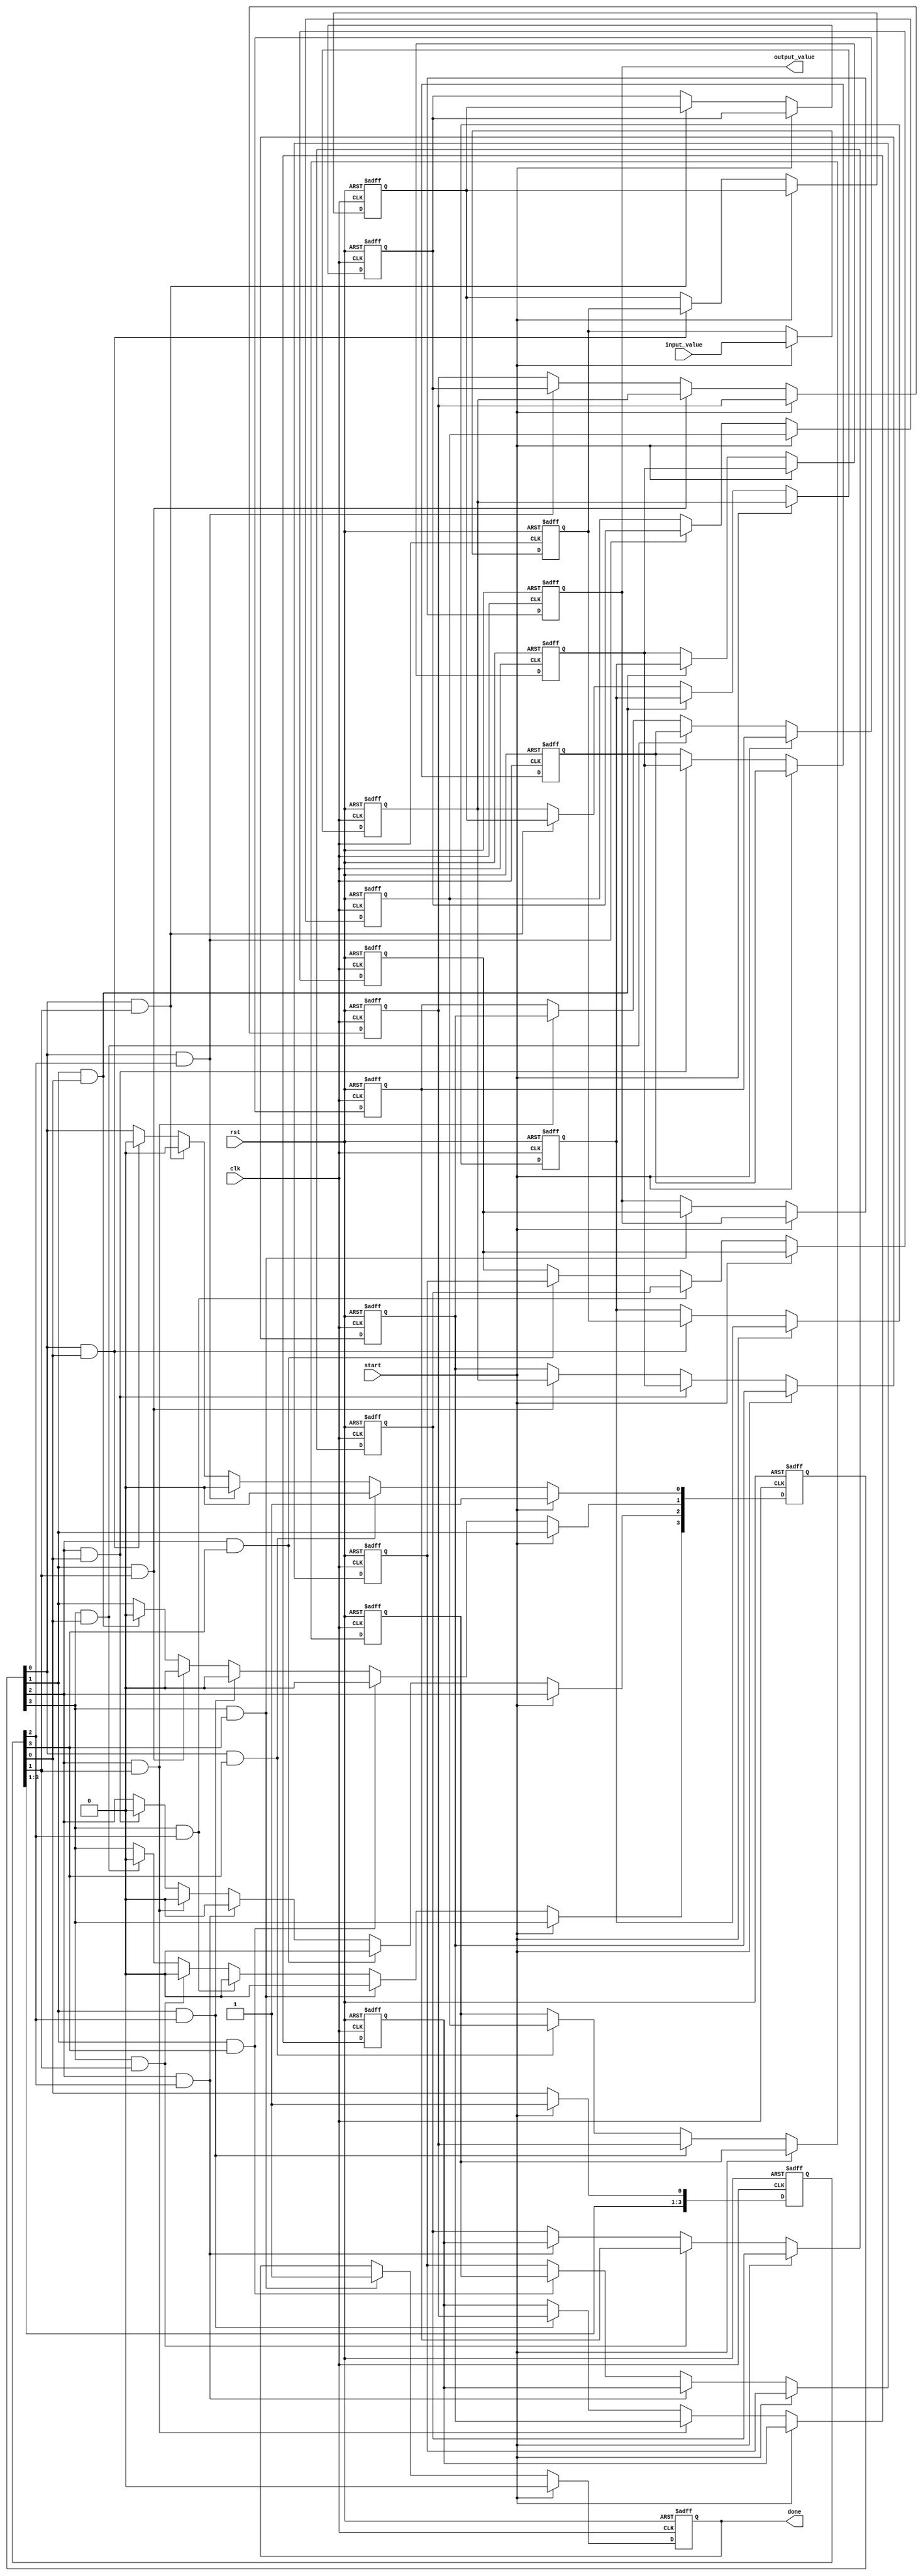
module SystolicArrayReciprocal #(
    parameter N = 4, // Size of the systolic array (N x N)
    parameter WIDTH = 16 // Bit width for input and output
)(
    input wire clk,
    input wire rst,
    input wire start,
    input wire [WIDTH-1:0] input_value, // Input value for which reciprocal is to be calculated
    output reg [WIDTH-1:0] output_value, // Resulting reciprocal
    output reg done // Indicates when the computation is complete
);

    // Processing Element (PE) structure
    reg [WIDTH-1:0] PE [0:N-1][0:N-1]; // Array of processing elements
    reg [WIDTH-1:0] temp [0:N-1]; // Temporary storage for intermediate values
    reg [N-1:0] valid; // Valid signals for each PE
    reg [N-1:0] ready; // Ready signals for each PE
    integer i, j;

    // Initial states
    initial begin
        done = 0;
        output_value = 0;
        for (i = 0; i < N; i = i + 1) begin
            for (j = 0; j < N; j = j + 1) begin
                PE[i][j] = 0;
            end
        end
    end

    // Control logic
    always @(posedge clk or posedge rst) begin
        if (rst) begin
            done <= 0;
            output_value <= 0;
            for (i = 0; i < N; i = i + 1) begin
                for (j = 0; j < N; j = j + 1) begin
                    PE[i][j] <= 0;
                end
            end
            valid <= 0;
            ready <= 0;
        end else if (start) begin
            // Load the input value into the first PE
            PE[0][0] <= input_value;
            valid[0] <= 1; // Mark the first PE as valid
            ready[0] <= 1; // Mark the first PE as ready
            done <= 0;
        end else begin
            // Systolic array computation
            for (i = 0; i < N; i = i + 1) begin
                for (j = 0; j < N; j = j + 1) begin
                    if (valid[i] && ready[j]) begin
                        // Example operation: Newton-Raphson iteration for reciprocal
                        // PE[i][j] = PE[i][j] * (2 - PE[i][j] * input_value); // Simplified operation
                        // Here, you would implement the actual reciprocal logic
                        // For demonstration, we just pass the value to the next PE
                        if (j < N-1) begin
                            PE[i][j+1] <= PE[i][j]; // Pass to the next PE in the row
                        end
                        if (i < N-1) begin
                            PE[i+1][j] <= PE[i][j]; // Pass to the next PE in the column
                        end
                        // Mark valid and ready for the next stage
                        valid[i] <= 0; // Mark current PE as not valid
                        if (i == N-1 && j == N-1) begin
                            output_value <= PE[i][j]; // Output the final result
                            done <= 1; // Mark computation as done
                        end
                    end
                end
            end
        end
    end
endmodule